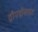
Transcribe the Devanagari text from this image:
द्रौपदीसकट